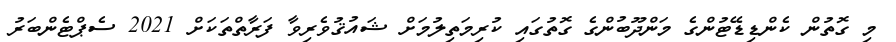
މި ގޮތުން ކެންޑިޑޭޓުންގެ މަންދޫބުންގެ ގޮތުގައި ކުރިމަތިލުމަށް ޝައުޤުވެރިވާ ފަރާތްތަކަށް 2021 ސެޕްޓެންބަރު